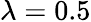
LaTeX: \lambda=0.5